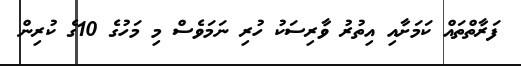
ފަރާތްތައް ކަމަށާއި އިތުރު ވާރިސަކު ހުރި ނަމަވެސް މި މަހުގެ 10ގެ ކުރިން